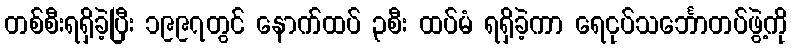
တစ်စီးရရှိခဲ့ပြီး ၁၉၉၇တွင် နောက်ထပ် ၃စီး ထပ်မံ ရရှိခဲ့ကာ ရေငုပ်သင်္ဘောတပ်ဖွဲ့ကို